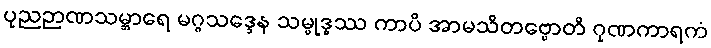
ပုညဉာဏသမ္ဘာရေ မဂ္ဂသဒ္ဒေန သမ္ဗုဒ္ဓဿ ကာပိ အာမသိတဗ္ဗောတိ ဂုဏကာရကံ